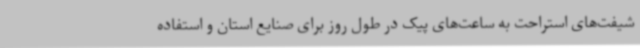
شیفت‌های استراحت به ساعت‌های پیک در طول روز برای صنایع استان و استفاده